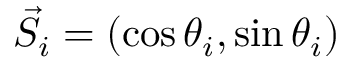
\vec { S } _ { i } = ( \cos { \theta _ { i } } , \sin { \theta _ { i } } )